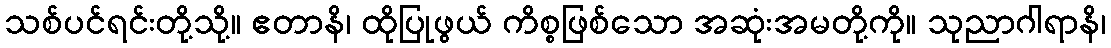
သစ်ပင်ရင်းတို့သို့။ ဧတာနိ၊ ထိုပြုဖွယ် ကိစ္စဖြစ်သော အဆုံးအမတို့ကို။ သုညာဂါရာနိ၊